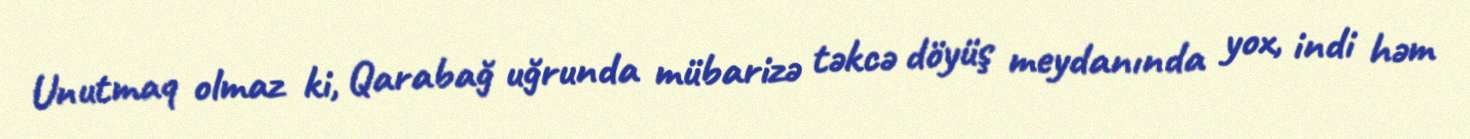
Unutmaq olmaz ki, Qarabağ uğrunda mübarizə təkcə döyüş meydanında yox, indi həm